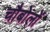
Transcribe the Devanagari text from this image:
चौबोलों